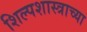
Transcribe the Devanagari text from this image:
शिल्पशास्त्राच्या